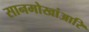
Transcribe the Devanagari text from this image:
सानमोखांआरि